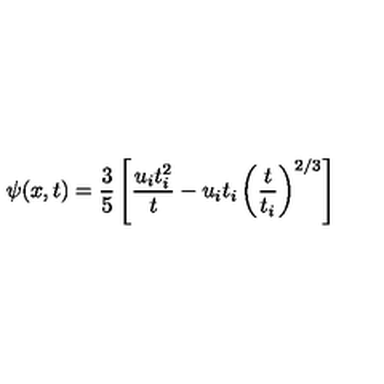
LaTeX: \psi ( x , t ) = \frac { 3 } { 5 } \left[ \frac { u _ { i } t _ { i } ^ { 2 } } { t } - u _ { i } t _ { i } \left( \frac { t } { t _ { i } } \right) ^ { 2 / 3 } \right]